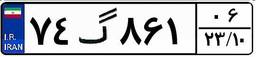
۷۴گ۸۶۱۰۶